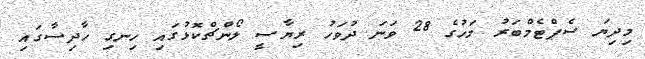
މިދިޔަ ސެޕްޓެމްބަރު މަހުގެ 28 ވަނަ ދުވަހު ރިޔާސީ ލޯންޗްކޮޅުގައި ހިނގި ހާދިސާގައި